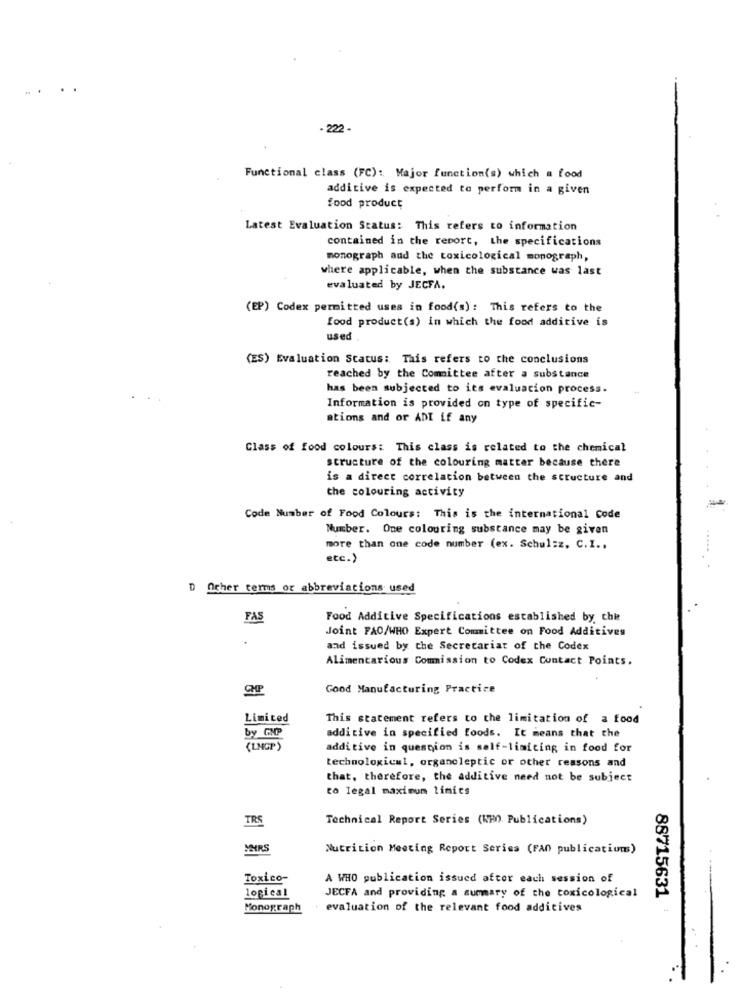
- 222 -
Functional class (FC): Major function(s) which a food
additive is expected to perform in a given
food product
Latest Evaluation Status: This refers to information
contained in the report, the specifications
monograph and the toxicological monograph,
where applicable, when the substance was last
evaluated by JECFA.
(EP) Codex permitted uses in food(s) : This refers to the
food product(s) in which the food additive is
used
(ES) Evaluation Status: This refers to the conclusions
reached by the Committee after a substance
has been subjected to its evaluacion process.
Information is provided on type of specific-
ations and or ADI if any
Class of food colours: This class is related to the chemical
structure of the colouring matter because there
is a direct correlation between the structure and
the colouring activity
Code Number of Food Colours: This is the international Code
Number. One colouring substance may be given
more than one code number (ex. Schul:z, C.I ..
etc.)
D Ocher terms or abbreviations used
FAS
Food Additive Specifications established by chie
Joint FAO/WHO Expert Committee on Food Additives
.
and issued by the Secretariat of the Codex
Alimentarious Comission to Codex Contact Points.
Good Manufacturing Practice
Limited
This statement refers to the limitation of a food
by GNP
additive in specified foods. It means that che
(LNGP)
additive in question is self-limiting in food for
technological, organoleptic or other reasons and
that, therefore, the additive need not be subject
to legal maximum limits
TRS
Technical Report Series (WHO Publications)
MARS
Nutrition Meeting Report Series (FAO publications)
Toxico-
A WHO publication issued after each session of
logical
JECFA and providing a summary of the toxicological
Monograph
evaluation of the relevant food additives
88715631 :